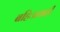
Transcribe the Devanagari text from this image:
बहिःप्रवाही